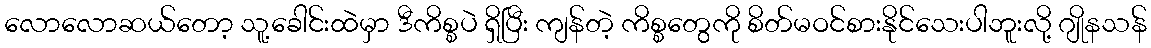
လောလောဆယ်တော့ သူ့ခေါင်းထဲမှာ ဒီကိစ္စပဲ ရှိပြီး ကျန်တဲ့ ကိစ္စတွေကို စိတ်မဝင်စားနိုင်သေးပါဘူးလို့ ဂျိုနသန်